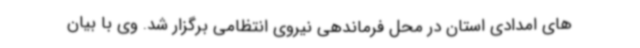
های امدادی استان در محل فرماندهی نیروی انتظامی برگزار شد. وی با بیان